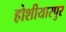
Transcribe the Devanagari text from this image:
होशीयारपुर